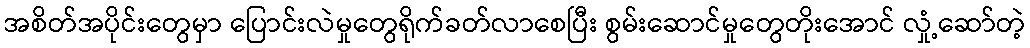
အစိတ်အပိုင်းတွေမှာ ပြောင်းလဲမှုတွေရိုက်ခတ်လာစေပြီး စွမ်းဆောင်မှုတွေတိုးအောင် လှုံ့ဆော်တဲ့